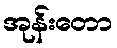
အုန်းတော